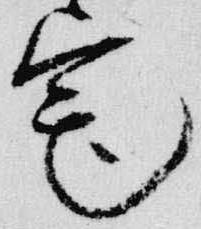
宅